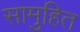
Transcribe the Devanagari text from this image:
सामुहित